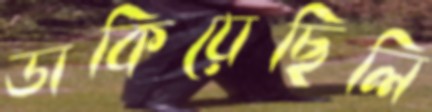
ডাকিয়েছিলি